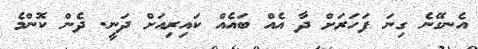
އެނގޭނެ ގިނަ ފަހަރަށް ދާ އެއް ބައެއް ކައިރިއަށް ދަނީ. ދެން ކޮންމެ